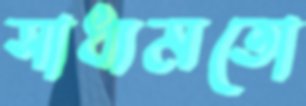
সাধ্যমতো